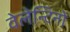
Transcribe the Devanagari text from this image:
वेलेन्टिनो